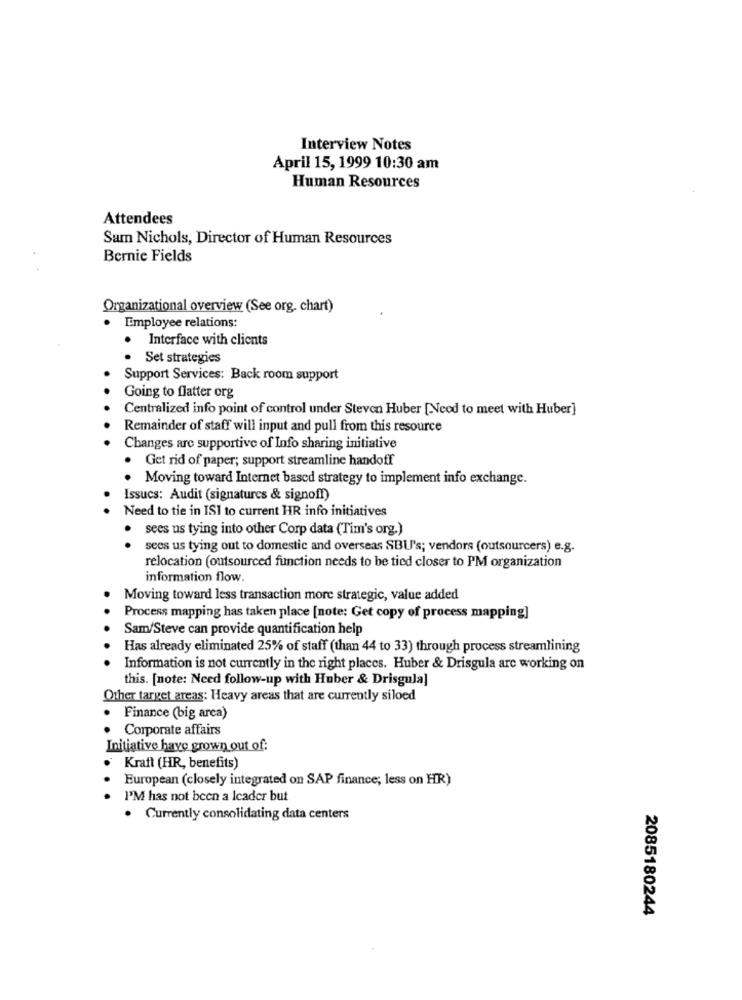
Interview Notes
April 15, 1999 10:30 am
Human Resources
Attendees
Sam Nichols, Director of Human Resources
Bernie Fields
Organizational overview (See org. chart)
. Employee relations:
. Interface with clients
Set strategies
Support Services: Back room support
Going to flatter org
Centralized info point of control under Steven Huber [Neod to meet with Huber]
Remainder of staff will input and pull from this resource
Changes are supportive of Info sharing initiative
·Get rid of paper; support streamline handoff
. Moving toward Internet based strategy to implement info exchange.
Issucs: Audit (signatures & signoff)
Need to tie in ISI to current HR info initiatives
sees us tying into other Corp data (Tim's org.)
sees us tying out to domestic and overseas SBU's; vendors (outsourcers) e.g.
relocation (outsourced function needs to be tied closer to PM organization
information flow.
Moving toward less transaction more strategic, value added
Process mapping has taken place [note: Get copy of process mapping]
Sam/Steve can provide quantification help
Has already eliminated 25% of staff (than 44 to 33) through process streamlining
Information is not currently in the right places. Huber & Drisgula are working on
this. [note: Need follow-up with Huber & Drisgula]
Other target areas: Heavy areas that are currently siloed
Finance (big arca)
Corporate affairs
Initiative have grown out of:
Kraft (HR, benefits)
European (closely integrated on SAP finance; less on HR)
I'M has not been a leader but
. Currently consolidating data centers
2085180244